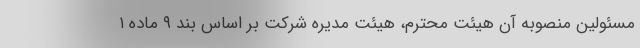
مسئولین منصوبه آن هیئت محترم، هیئت مدیره شرکت بر اساس بند ۹ ماده ۱